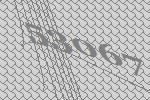
53067